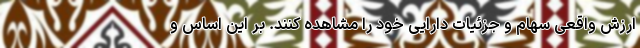
ارزش واقعی سهام و جزئیات دارایی خود را مشاهده کنند. بر این اساس و